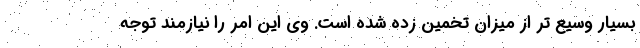
بسیار وسیع تر از میزان تخمین زده شده است. وی این امر را نیازمند توجه